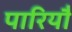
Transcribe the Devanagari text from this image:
पारियौ